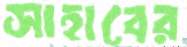
সাহাবের